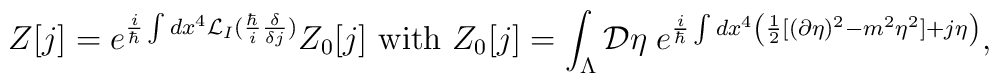
Z[j]=e^{\frac{i}{\hbar }\int dx^{4}{\cal {L}}_{I}(\frac{\hbar }{i}\frac{\delta }{\delta j})}Z_{0}[j]\textrm{ with }Z_{0}[j]=\int _{\Lambda }{\cal {D}}\eta \; e^{\frac{i}{\hbar }\int dx^{4}\left( \frac{1}{2}[(\partial \eta )^{2}-m^{2}\eta ^{2}]+j\eta \right) },